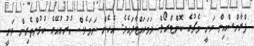
ފްރާންސްއިން ވަނީ މެޗުގެ ކޮންޓްރޯލް ދަމަހައްޓާފައެވެ. އެހެން ނަމަވެސް އުރުގުއޭގެ ކުޅުންތެރިން ވަނީ